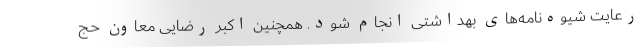
رعایت شیوه‌نامه‌های بهداشتی انجام شود. همچنین اکبر رضایی معاون حج